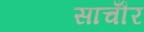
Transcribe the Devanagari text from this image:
साचौँर